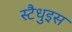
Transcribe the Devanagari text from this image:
स्टैधुइस